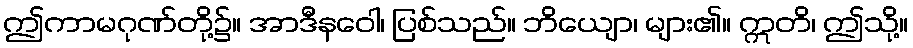
ဤကာမဂုဏ်တို့၌။ အာဒီနဝေါ၊ ပြစ်သည်။ ဘိယျော၊ များ၏။ ဣတိ၊ ဤသို့။